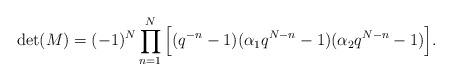
LaTeX: \begin{align*}\det (M)=(-1)^{N}\prod_{n=1}^{N}\Big[(q^{-n}-1)(\alpha_1 q^{N-n}-1)(\alpha_2q^{N-n}-1)\Big].\end{align*}